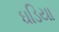
ઘડિયા